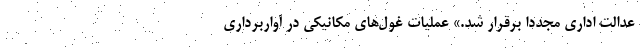
عدالت اداری مجددا برقرار شد.» عملیات غول‌های مکانیکی در آواربرداری